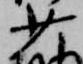
少